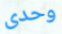
وحدى